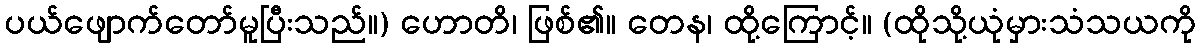
ပယ်ဖျောက်တော်မူပြီးသည်။) ဟောတိ၊ ဖြစ်၏။ တေန၊ ထို့ကြောင့်။ (ထိုသို့ယုံမှားသံသယကို